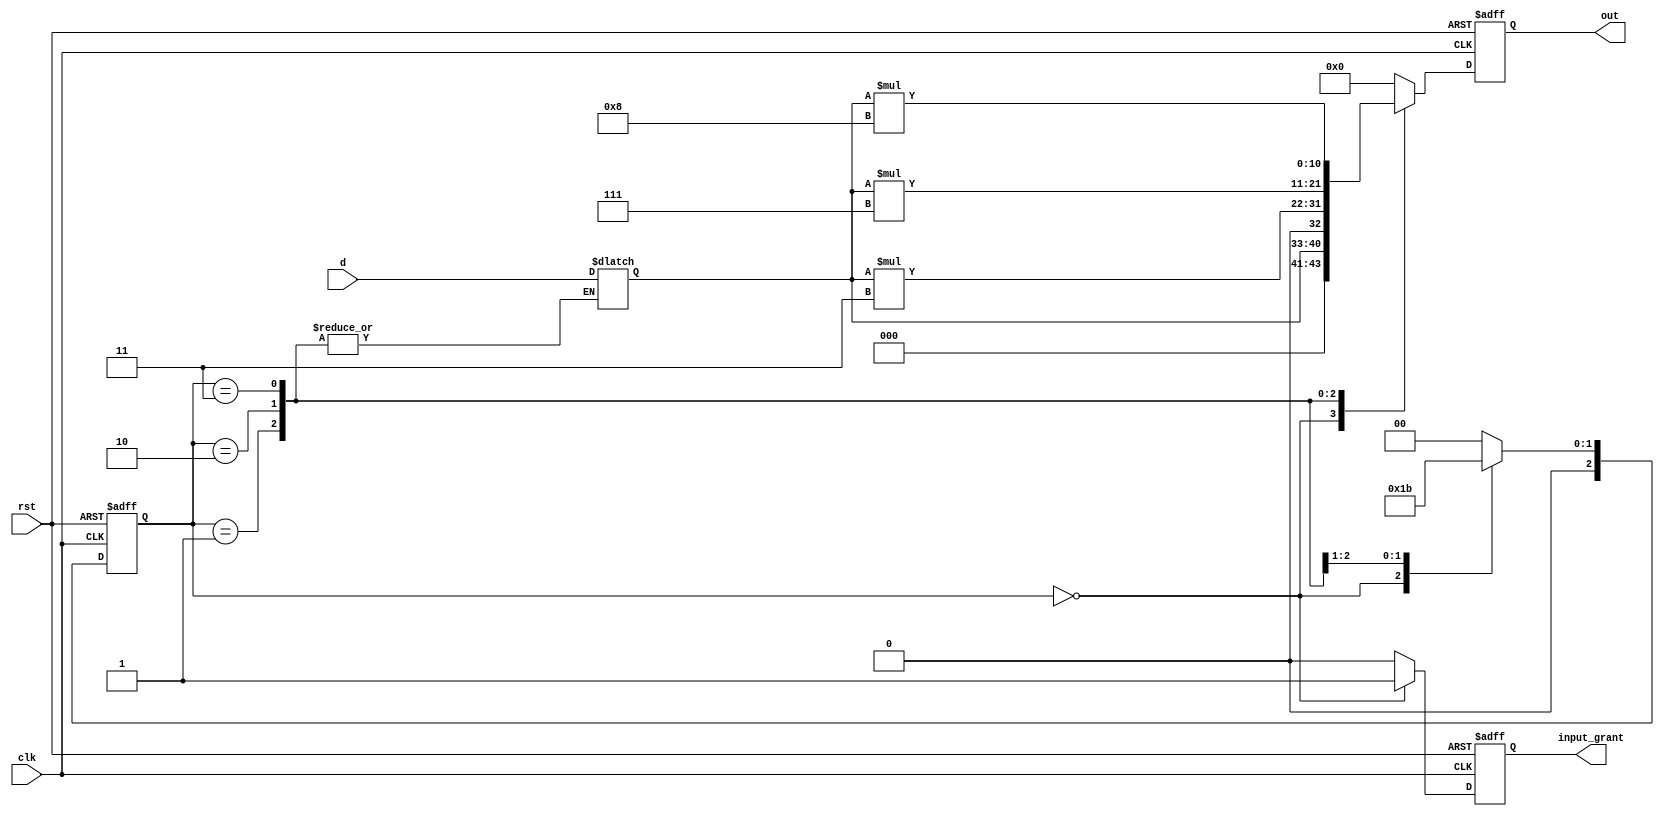
`timescale 1ns/1ns
module multi_sel(
input [7:0]d ,
input clk,
input rst,
output reg input_grant,
output reg [10:0]out
);
//*************code***********//
    localparam M1 = 2'b00;
    localparam M3 = 2'b01;
    localparam M7 = 2'b10;
    localparam M8 = 2'b11;

    reg [2:0] current_state, next_state;

    reg [7:0] d_temp;

    //()
    always @(posedge clk, negedge rst) begin
        if (!rst) begin
            current_state <= M1;
        end
        else begin
            current_state <= next_state;
        end
    end

    // ()
    always @(*) begin
        case(current_state)
            M1: 
                begin
                    next_state = M3;
                    d_temp = d;
                end
            M3: 
                begin
                    next_state = M7;
                    d_temp = d_temp;
                end
            M7: 
                begin
                    next_state = M8;
                    d_temp = d_temp;
                end
            M8: 
                begin
                    next_state = M1;
                    d_temp = d_temp;
                end
            default: 
                begin
                    next_state = M1;
                    d_temp = d;
                end
        endcase
    end

    //(always)
    always @(posedge clk, negedge rst) begin
        if (!rst) begin
            out <= 0;
            input_grant <= 0;
        end
        else begin
            case(current_state)
                M1: 
                    begin 
                        out <= d_temp;
                        input_grant <= 1;
                    end
                M3: 
                    begin 
                        out <= d_temp*3;
                        input_grant <= 0;
                    end
                M7: 
                    begin 
                        out <= d_temp*7;
                        input_grant <= 0;
                    end
                M8: 
                    begin 
                        out <= d_temp*8;
                        input_grant <= 0;
                    end
                default: 
                    begin 
                        out <= 0;
                        input_grant <= 0;
                    end
            endcase
        end
    end
            
//*************code***********//
endmodule